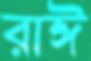
রাঈ